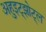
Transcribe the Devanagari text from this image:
अहुइट्झोट्ल